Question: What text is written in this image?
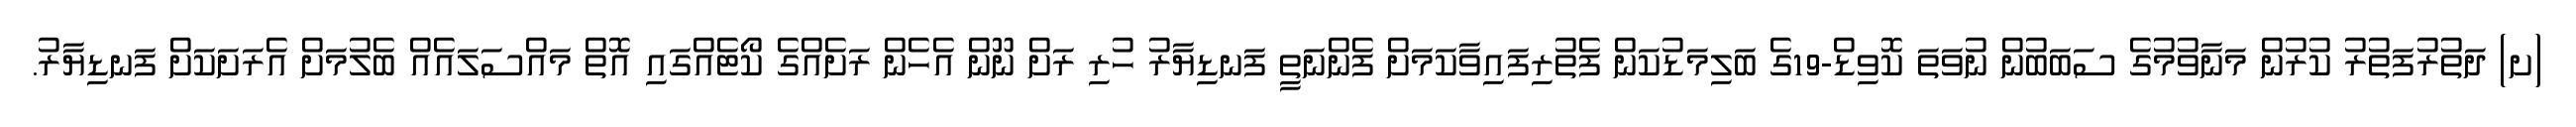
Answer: (ށ) ދަތުރުފަތުރު ކުރުން މަނާވުމުގެ ސަބަބުން ނުވަތަ ކޮވިޑް-19ގެ ބަލިމަޑުކަން ފެތުރިފައިވާކަމަށް ފެންނަތީ ފަނޑިޔާރު ހުރި ރަށް ނޫން އެހެން ރަށެއްގެ ކޯޓެއްގައި އޮތް މައްސަލައެއް ބެލުމަށް އެރަށަކަށް ފަނޑިޔާރު.